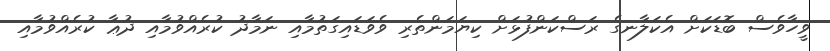
ވީހާވެސް ބޮޑަކަށް އެކަލާނގެ ރަސްކަންފުޅަށް ކިޔަމަންތެރި ވެވަޑައިގަތުމާއި ނަމާދު ކުރެއްވުމާއި ދުޢާ ކުރެއްވުމާއި